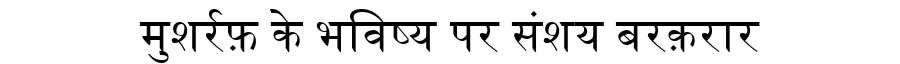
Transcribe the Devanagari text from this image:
मुशर्रफ़ के भविष्य पर संशय बरक़रार